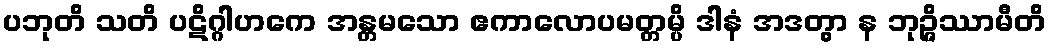
ပဘုတိ သတိ ပဋိဂ္ဂါဟကေ အန္တမသော ဧကာလောပမတ္တမ္ပိ ဒါနံ အဒတွာ န ဘုဉ္ဇိဿာမီတိ